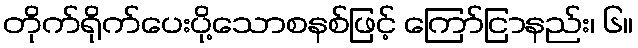
တိုက်ရိုက်ပေးပို့သောစနစ်ဖြင့် ကြော်ငြာနည်း၊ ၆။